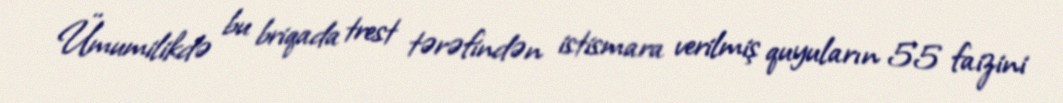
Ümumilikdə bu briqada trest tərəfindən istismara verilmiş quyuların 55 faizini